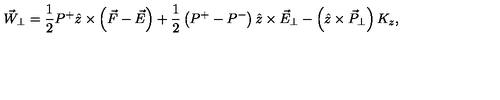
\vec { W } _ { \perp } = \frac { 1 } { 2 } P ^ { + } \hat { z } \times \left( \vec { F } - \vec { E } \right) + \frac { 1 } { 2 } \left( P ^ { + } - P ^ { - } \right) \hat { z } \times \vec { E } _ { \perp } - \left( \hat { z } \times \vec { P } _ { \perp } \right) K _ { z } ,